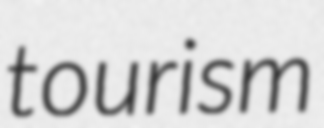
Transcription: tourism